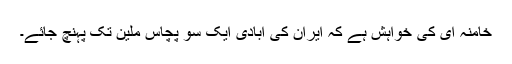
خامنہ ای کی خواہش ہے کہ ایران کی آبادی ایک سو پچاس ملین تک پہنچ جائے۔